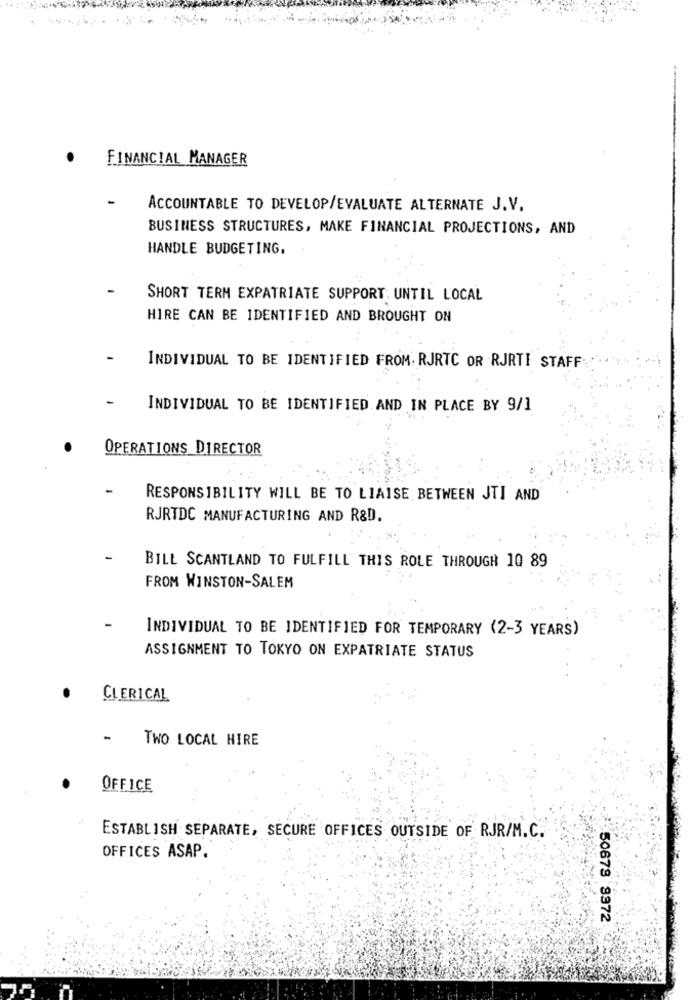
FINANCIAL MANAGER
ACCOUNTABLE TO DEVELOP/EVALUATE ALTERNATE J.V.
BUSINESS STRUCTURES, MAKE FINANCIAL PROJECTIONS, AND
HANDLE BUDGETING.
SHORT TERM EXPATRIATE SUPPORT: UNTIL LOCAL
HIRE CAN BE IDENTIFIED AND BROUGHT ON
INDIVIDUAL TO BE IDENTIFIED FROM. RJRTC OR RJRTI STAFF
-
INDIVIDUAL TO BE IDENTIFIED.AND IN PLACE BY 9/1
OPERATIONS DIRECTOR
RESPONSIBILITY WILL BE TO LIAISE BETWEEN JTI AND
RJRTDC MANUFACTURING AND R&D.
BILL SCANTLAND TO FULFILL THIS ROLE THROUGH 1Q 89
FROM WINSTON-SALEM
INDIVIDUAL TO BE IDENTIFIED FOR TEMPORARY (2-3 YEARS)
ASSIGNMENT TO TOKYO ON EXPATRIATE STATUS
CLERICAL
TWO LOCAL HIRE
OFFICE
ESTABLISH SEPARATE, SECURE OFFICES OUTSIDE OF RJR/M.C.
OFFICES ASAP.
50678 9372